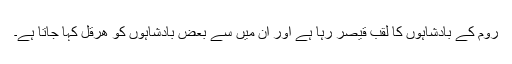
روم کے بادشاہوں کا لقب قیصر رہا ہے اور ان میں سے بعض بادشاہوں کو ھِرَقۡل کہا جاتا ہے۔